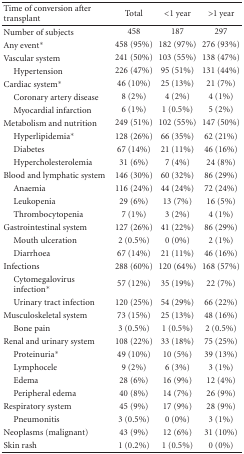
<table><thead><tr><td><b>Time of conversion after transplant</b></td><td><b>Total</b></td><td><b>&lt;1 year</b></td><td><b>&gt;1 year</b></td></tr></thead><tbody><tr><td>Number of subjects</td><td>458</td><td>187</td><td>297</td></tr><tr><td>Any event<sup>∗</sup></td><td>458 (95%)</td><td>182 (97%)</td><td>276 (93%)</td></tr><tr><td>Vascular system</td><td>241 (50%)</td><td>103 (55%)</td><td>138 (47%)</td></tr><tr><td> Hypertension</td><td>226 (47%)</td><td>95 (51%)</td><td>131 (44%)</td></tr><tr><td>Cardiac system<sup>∗</sup></td><td>46 (10%)</td><td>25 (13%)</td><td>21 (7%)</td></tr><tr><td> Coronary artery disease</td><td> 8 (2%)</td><td>4 (2%)</td><td>4 (1%)</td></tr><tr><td> Myocardial infarction</td><td>6 (1%)</td><td>1 (0.5%)</td><td>5 (2%)</td></tr><tr><td>Metabolism and nutrition</td><td>249 (51%)</td><td>102 (55%)</td><td>147 (50%)</td></tr><tr><td> Hyperlipidemia<sup>∗</sup></td><td>128 (26%)</td><td>66 (35%)</td><td>62 (21%)</td></tr><tr><td> Diabetes</td><td>67 (14%)</td><td>21 (11%)</td><td>46 (16%)</td></tr><tr><td> Hypercholesterolemia</td><td>31 (6%)</td><td>7 (4%)</td><td>24 (8%)</td></tr><tr><td>Blood and lymphatic system</td><td>146 (30%)</td><td>60 (32%)</td><td>86 (29%)</td></tr><tr><td> Anaemia</td><td>116 (24%)</td><td>44 (24%)</td><td>72 (24%)</td></tr><tr><td> Leukopenia</td><td>29 (6%)</td><td>13 (7%)</td><td>16 (5%)</td></tr><tr><td> Thrombocytopenia</td><td>7 (1%)</td><td>3 (2%)</td><td>4 (1%)</td></tr><tr><td>Gastrointestinal system</td><td>127 (26%)</td><td>41 (22%)</td><td>86 (29%)</td></tr><tr><td> Mouth ulceration</td><td>2 (0.5%)</td><td>0 (0%)</td><td>2 (1%)</td></tr><tr><td> Diarrhoea</td><td>67 (14%)</td><td>21 (11%)</td><td>46 (16%)</td></tr><tr><td>Infections</td><td>288 (60%)</td><td>120 (64%)</td><td>168 (57%)</td></tr><tr><td> Cytomegalovirus infection<sup>∗</sup></td><td>57 (12%)</td><td>35 (19%)</td><td>22 (7%)</td></tr><tr><td> Urinary tract infection</td><td>120 (25%)</td><td>54 (29%)</td><td>66 (22%)</td></tr><tr><td>Musculoskeletal system</td><td>73 (15%)</td><td>25 (13%)</td><td>48 (16%)</td></tr><tr><td> Bone pain</td><td>3 (0.5%)</td><td>1 (0.5%)</td><td>2 (0.5%)</td></tr><tr><td>Renal and urinary system</td><td>108 (22%)</td><td>33 (18%)</td><td>75 (25%)</td></tr><tr><td> Proteinuria<sup>∗</sup></td><td>49 (10%)</td><td>10 (5%)</td><td>39 (13%)</td></tr><tr><td> Lymphocele</td><td>9 (2%)</td><td>6 (3%)</td><td>3 (1%)</td></tr><tr><td> Edema</td><td>28 (6%)</td><td>16 (9%)</td><td>12 (4%)</td></tr><tr><td> Peripheral edema</td><td>40 (8%)</td><td>14 (7%)</td><td>26 (9%)</td></tr><tr><td>Respiratory system</td><td>45 (9%)</td><td>17 (9%)</td><td>28 (9%)</td></tr><tr><td> Pneumonitis</td><td>3 (0.5%)</td><td>0 (0%)</td><td>3 (1%)</td></tr><tr><td>Neoplasms (malignant)</td><td>43 (9%)</td><td>12 (6%)</td><td>31 (10%)</td></tr><tr><td>Skin rash</td><td>1 (0.2%)</td><td>1 (0.5%)</td><td>0 (0%)</td></tr></tbody></table>